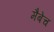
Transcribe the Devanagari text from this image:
मैबेच